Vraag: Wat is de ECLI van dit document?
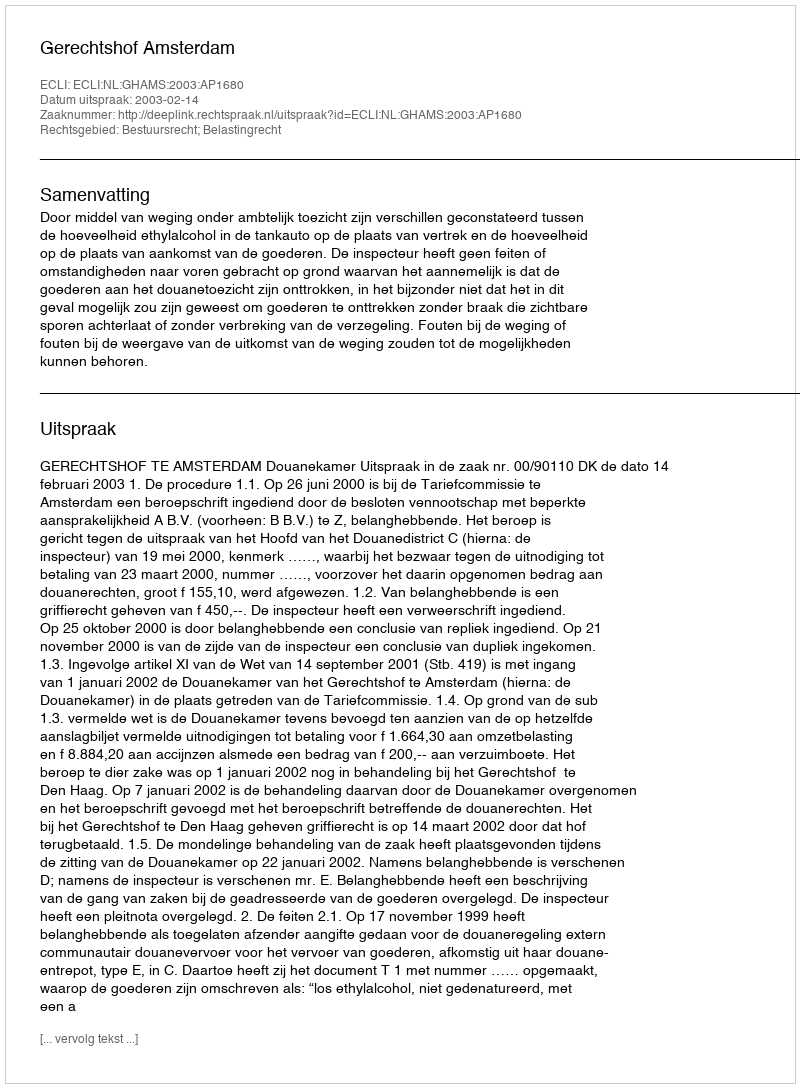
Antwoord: ECLI:NL:GHAMS:2003:AP1680